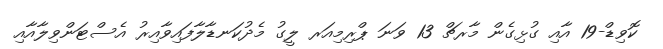
ކޮވިޑް-19 އާއި ގުޅިގެން މާރޗް 13 ވަނަ ޕްރިމިއަރ ލީގު މެދުކަނޑާލާފައިވާއިރު އެސްޓަންވިލާއާއި